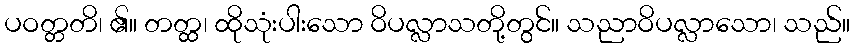
ပဝတ္တတိ၊ ၏။ တတ္ထ၊ ထိုသုံးပါးသော ဝိပလ္လာသတို့တွင်။ သညာဝိပလ္လာသော၊ သည်။